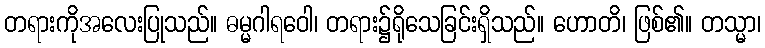
တရားကိုအလေးပြုသည်။ ဓမ္မဂါရဝေါ၊ တရား၌ရိုသေခြင်းရှိသည်။ ဟောတိ၊ ဖြစ်၏။ တသ္မာ၊